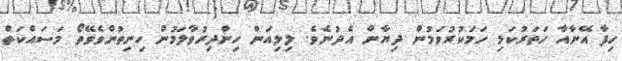
ހިފާ އޭނާއާ ހަތަރުކަޅި ހަމަކުރުވަމުން ދިޔާން އެދުނެވެ. ލިލިއަން ހިންދިރުވާލަމުން ހިނިތުންވެވޭތޯ މަސައްކަތް